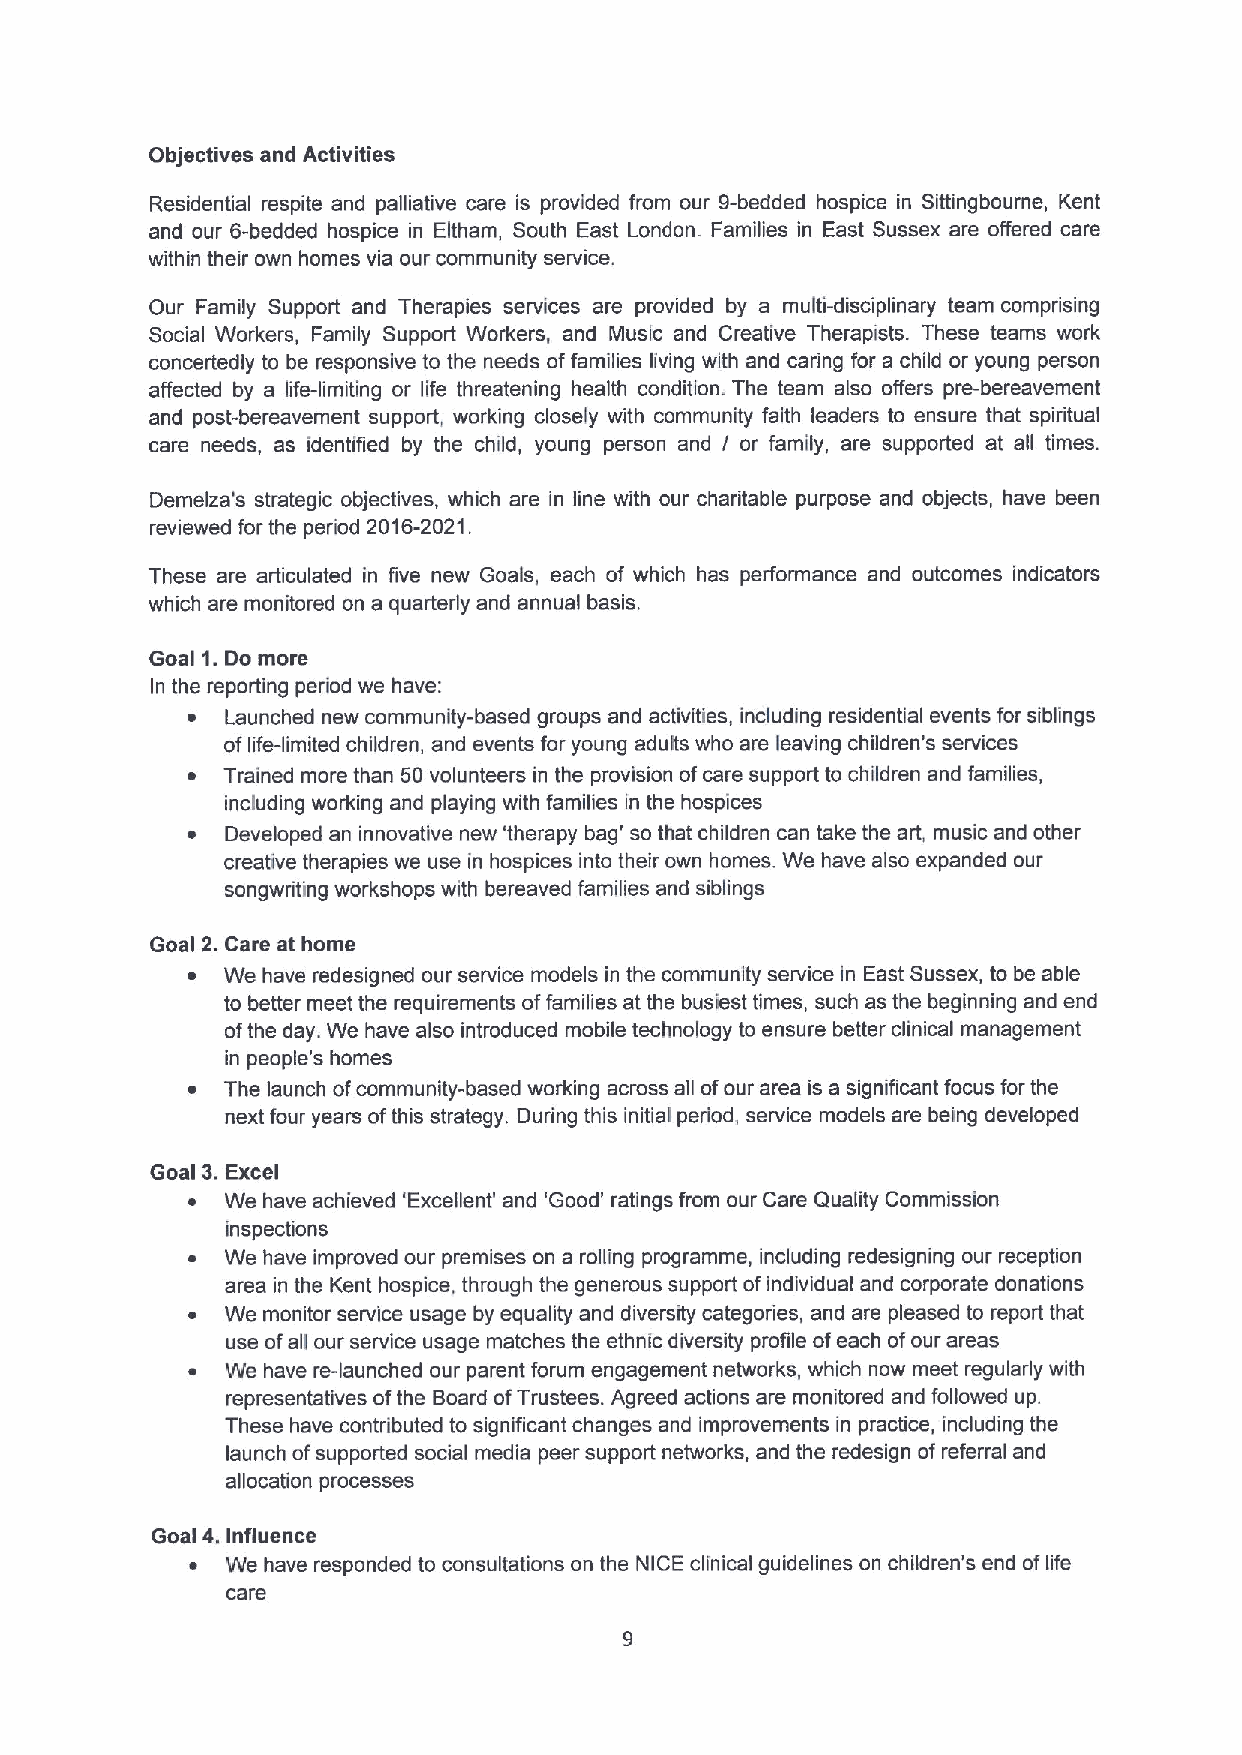
Objectives and Activities
 Residential respite and palliative care is provided from our 9-bedded hospice in Sittingbourne, Kent
 and our 6-bedded hospice in Eltham, South East London. Families in East Sussex are offered care
 within their own homes via our community service.
 Our Family Support and Therapies services are provided by a multi-disciplinary team comprising
 Social Workers, Family Support Workers, and Music and Creative Therapists. These teams work
 concertedly to be responsive to the needs offamilies living with and caring for a child or young person
 affected by a life-limiting or life threatening health condition. The team also offers pre-bereavement
 and post-bereavement support, working closely with community faith leaders to ensure that spiritual
 care needs, as identified by the child, young person and I or family, are supported at all times.
 Demelza's strategic objectives, which are in line with our charitable purpose and objects, have been
 reviewed for the period 2016-2021.
 These are articulated in five new Goals, each of which has performance and outcomes indicators
 which are monitored on a quarterly and annual basis.
 Goal 1.Do more
 In the reporting period we have:
 ~  Launched new community-based groups and activities, including residential events for siblings
 oflife-limited children, and events for young adults who are leaving children's services
 ~  Trained more than 50 volunteers in the provision ofcare support to children and families,
 including working and playing with families in the hospices
 ~  Developed an innovative new 'therapy bag' so that children can take the art, music and other
 creative therapies we use in hospices into their own homes. We have also expanded our
 songwriting workshops with bereaved families and siblings
 Goal 2.Care at home
 ~  We have redesigned our service models in the community service in East Sussex, to be able
 to better meet the requirements offamilies at the busiest times, such as the beginning and end
 ofthe day. We have also introduced mobile technology to ensure better clinical management
 in people's homes
 ~  The launch ofcommunity-based working across all ofour area is a significant focus for the
 next four years ofthis strategy. During this initial period, service models are being developed
 Goal 3.Excel
 ~  We have achieved 'Excellent' and 'Good' ratings from our Care Quality Commission
 inspections
 ~  We have improved our premises on a rolling programme, including redesigning our reception
 area in the Kent hospice, through the generous support of individual and corporate donations
 ~  We monitor service usage by equality and diversity categories, and are pleased to report that
 use ofall our service usage matches the ethnic diversity profile ofeach ofour areas
 ~  We have re-launched our parent forum engagement networks, which now meet regularly with
 representatives ofthe Board ofTrustees. Agreed actions are monitored and followed up.
 These have contributed to significant changes and improvements in practice, including the
 launch ofsupported social media peer support networks, and the redesign of referral and
 allocation processes
 Goal 4.Influence
 ~ We have responded to consultations on the NICE clinical guidelines on children's end oflife
 care